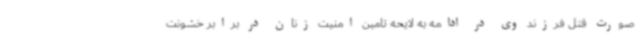
صورت قتل فرزند وی در ادامه به لایحه تامین امنیت زنان در برابر خشونت